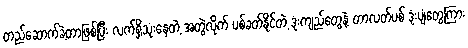
တည်ဆောက်ခဲ့တာဖြစ်ပြီး လက်ရှိသုံးနေတဲ့ အတွဲလိုက် ပစ်ခတ်နိုင်တဲ့ ဒုံးကျည်တွေနဲ့ တာလတ်ပစ် ဒုံးပျံတွေကြား